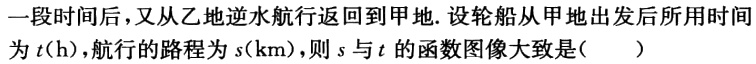
一段时间后，又从乙地逆水航行返回到甲地. 设轮船从甲地出发后所用时间为\(t(\mathrm{h})\)，航行的路程为\(s(\mathrm{km})\)，则\(s\)与\(t\)的函数图像大致是( )